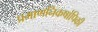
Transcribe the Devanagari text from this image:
प्रमाणनिकषांपिकी